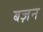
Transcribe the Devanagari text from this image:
बज़न